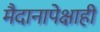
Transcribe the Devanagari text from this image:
मैदानापेक्षाही